Note on the mental hospitals in Burma - 1925-1940
Year: 1925
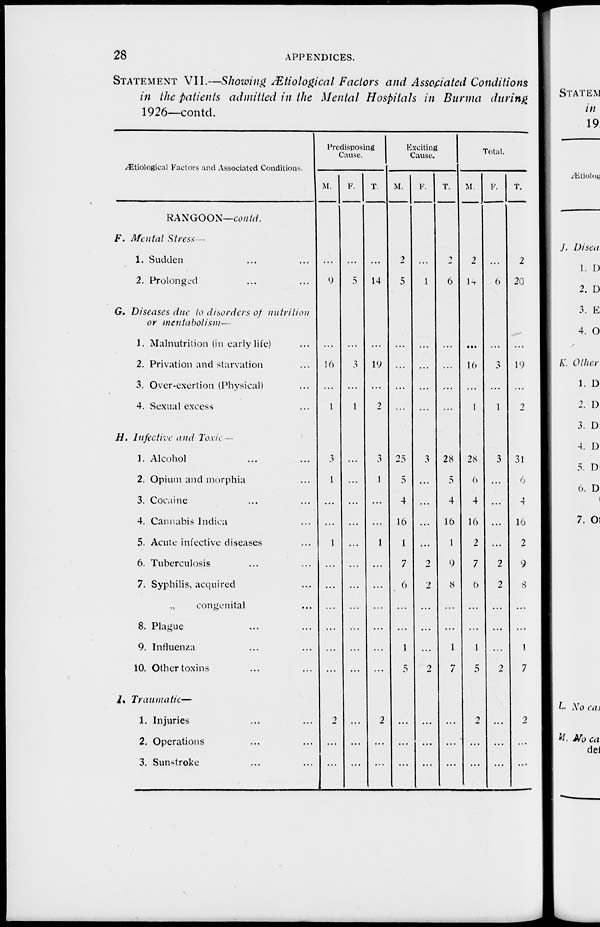
28
APPENDICES.
STATEMENT VII.—Showing Ætiological Factors and Associated Conditions
in the patients admitted in the Mental Hospitals in Burma during
1926—contd.
Ætiological Factors and Associated Conditions.
RANGOON—contd.
F. Mental Stress
1. Sudden ... ...
2. Prolonged ... ...
G. Diseases due to disorders of nutrition
or mentabolism—
1. Malnutrition (in early life) ...
2. Privation and starvation ...
3. Over-exertion (Physical) ...
4. Sexual excess ...
H. Infective and Toxic —
1. Alcohol ... ...
2. Opium and morphia ...
3. Cocaine ... ...
4. Cannabis Indica ...
5. Acute infective diseases ...
6. Tuberculosis ... ...
7. Syphilis, acquired ...
„
congenital ...
8. Plague ... ...
9. Influenza ... ...
10. Other toxins ... ...
I. Traumatic—
1. Injuries ... ...
2. Operations ... ...
3. Sunstroke ... ...
Predisposing
Cause.
M.
...
9
...
16
...
1
3
1
...
...
1
...
...
...
...
...
...
2
...
...
F.
...
5
...
3
...
1
...
...
...
...
...
...
...
...
...
...
...
...
...
...
T.
...
14
...
19
...
2
3
1
...
...
1
...
...
...
...
...
...
2
...
...
Exciting
Cause.
M.
2
5
...
...
...
...
25
5
4
16
1
7
6
...
...
1
5
...
...
...
F.
...
1
...
...
...
...
3
...
...
...
...
2
2
...
...
...
2
...
...
...
T.
2
6
...
...
...
...
28
5
4
16
1
9
8
...
...
1
7
...
...
...
Total.
M.
2
14
...
16
...
1
28
6
4
16
2
7
6
...
...
1
5
2
...
...
F.
...
6
...
3
...
1
3
...
...
...
...
2
2
...
...
...
2
...
...
.
T.
2
20
...
19
...
2
31
6
4
16
2
9
8
...
...
1
7
2
...
...